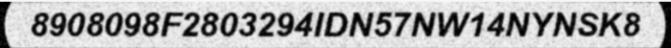
8908098F2803294IDN57NW14NYNSK8